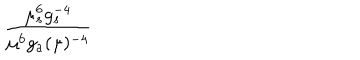
LaTeX: { \frac { \mu _ { s } ^ { 6 } g _ { s } ^ { - 4 } } { \mu ^ { 6 } g _ { a } ( \mu ) ^ { - 4 } } }